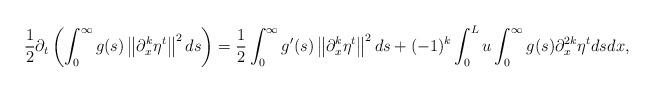
LaTeX: \begin{align*}\frac{1}{2} \partial_{t}\left(\int_{0}^{\infty} g(s)\left\|\partial_{x}^{k} \eta^{t}\right\|^{2} d s\right)=\frac{1}{2} \int_{0}^{\infty} g^{\prime}(s)\left\|\partial_{x}^{k} \eta^{t}\right\|^{2} d s+(-1)^{k} \int_{0}^{L} u \int_{0}^{\infty} g(s) \partial_{x}^{2 k} \eta^{t} d s d x,\end{align*}